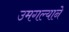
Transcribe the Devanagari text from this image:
उमगल्याने